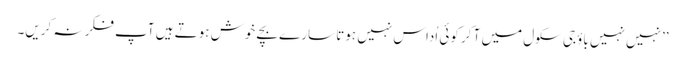
’’نہیں نہیں باؤجی سکول میں آ کر کوئی اُداس نہیں ہوتا سارے بچے خوش ہوتے ہیں آپ فکر نہ کریں۔